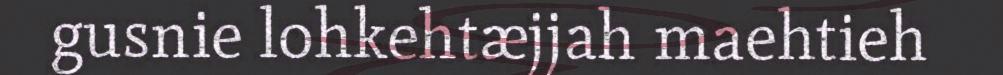
gusnie lohkehtæjjah maehtieh